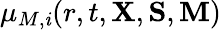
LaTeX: \mu_{M,\mathit{i}}(r,t,{\mathbf{X}},{\mathbf{S}},{\mathbf{M}})